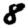
Digit: 8